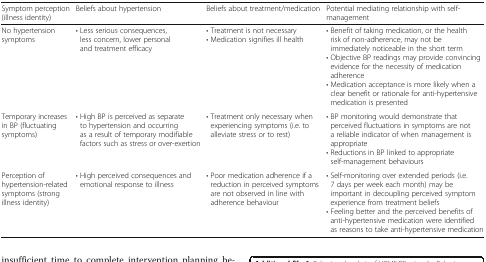
| Symptom perception (illness identity) | Beliefs about hypertension | Beliefs about treatment/medication | Potential mediating relationship with self-management |
 | --- | --- | --- | --- |
 | No hypertension symptoms | • Less serious consequences, less concern, lower personal and treatment efficacy | • Treatment is not necessary• Medication signifies ill health | • Benefit of taking medication, or the health risk of non-adherence, may not be immediately noticeable in the short term• Objective BP readings may provide convincing evidence for the necessity of medication adherence• Medication acceptance is more likely when a clear benefit or rationale for anti-hypertensive medication is presented |
 | Temporary increases in BP (fluctuating symptoms) | • High BP is perceived as separate to hypertension and occurring as a result of temporary modifiable factors such as stress or over-exertion | • Treatment only necessary when experiencing symptoms (i.e. to alleviate stress or to rest) | • BP monitoring would demonstrate that perceived fluctuations in symptoms are not a reliable indicator of when management is appropriate• Reductions in BP linked to appropriate self-management behaviours |
 | Perception of hypertension-related symptoms (strong illness identity) | • High perceived consequences and emotional response to illness | • Poor medication adherence if a reduction in perceived symptoms are not observed in line with adherence behaviour | • Self-monitoring over extended periods (i.e. 7 days per week each month) may be important in decoupling perceived symptom experience from treatment beliefs• Feeling better and the perceived benefits of anti-hypertensive medication were identified as reasons to take anti-hypertensive medication |